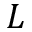
L